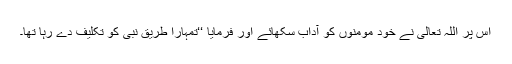
اس پر اللہ تعالیٰ نے خود مومنوں کو آداب سکھائے اور فرمایا ‘‘تمہارا طریق نبیؐ کو تکلیف دے رہا تھا۔